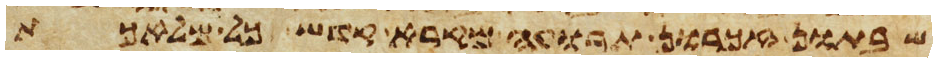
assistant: שבתון זכרון תרועה מקרא קדש כל מלאכת